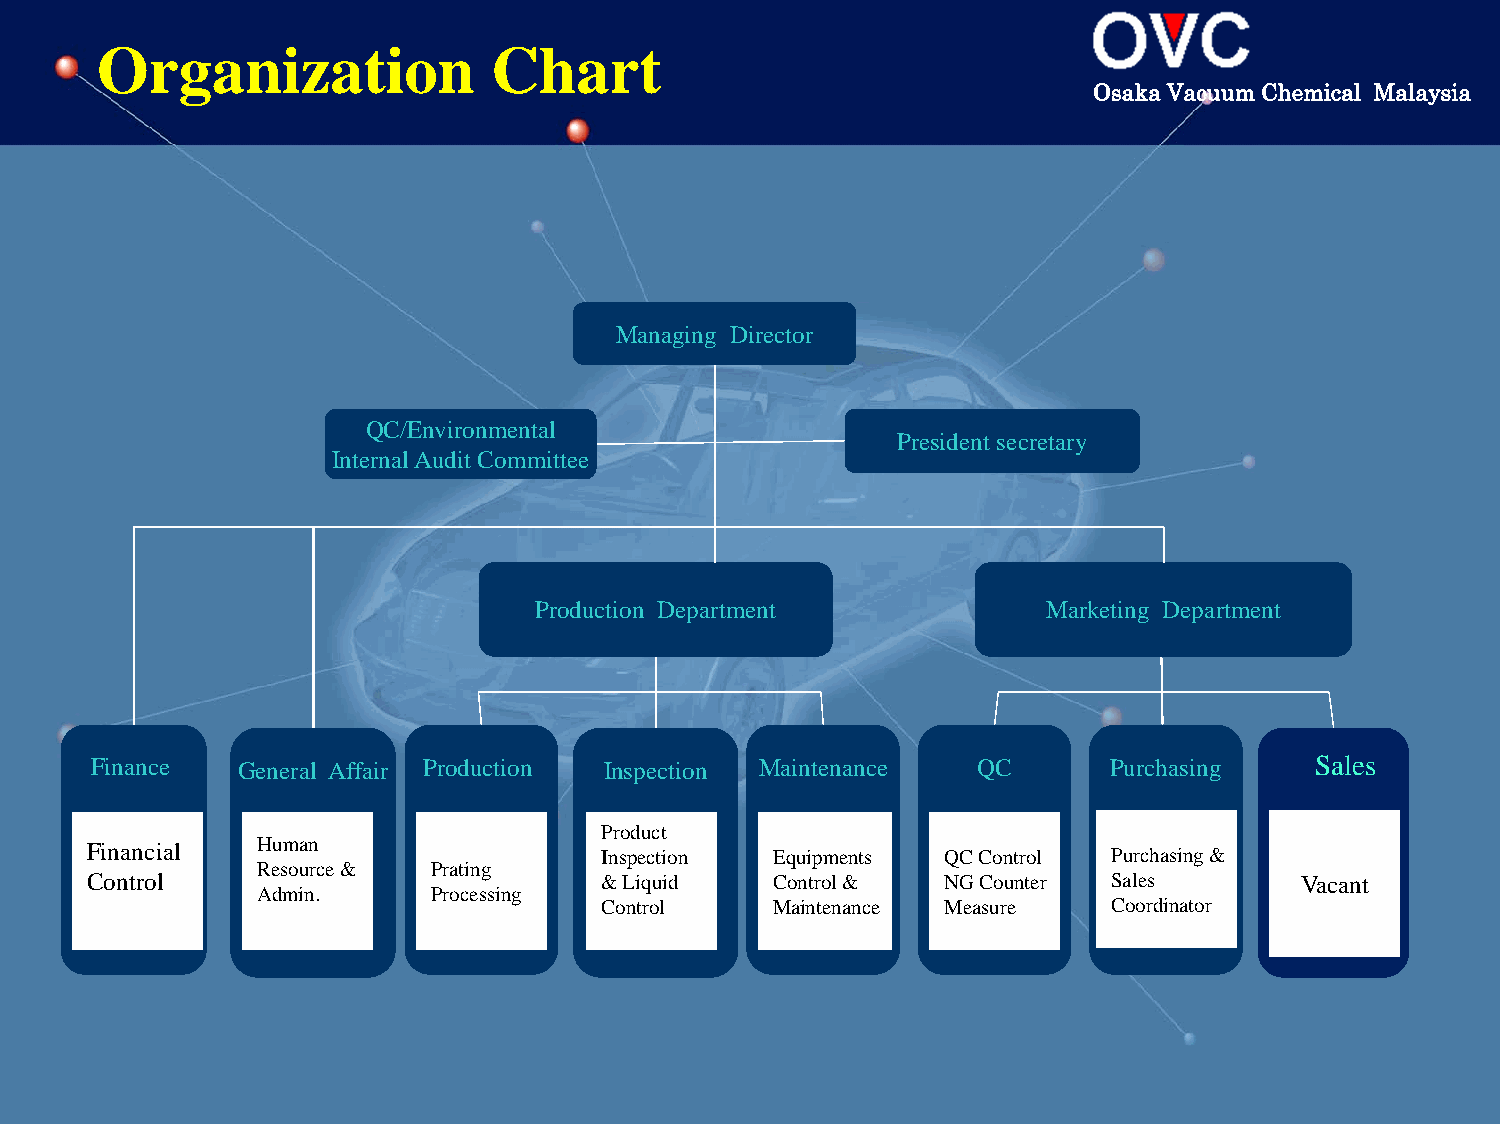
Organization              Chart
 Osaka Vacuum Chemical Malaysia
 Managing Director
 QC/Environmental
 President secretary
 Internal Audit Committee
 Production Department             Marketing Department
 Finance   General Affair Production Inspection Maintenance QC       Purchasing   Sales
 Product
 Financial  Human                  Inspection  Equipments QC Control Purchasing &
 Resource &  Prating
 Control                           & Liquid    Control &  NG Counter Sales        Vacant
 Admin.      Processing
 Control     Maintenance Measure   Coordinator